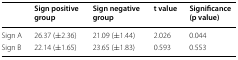
|  | Sign positive group | Sign negative group | t value | Significance (p value) |
 | --- | --- | --- | --- | --- |
 | Sign A | 26.37 (±2.36) | 21.09 (±1.44) | 2.026 | 0.044 |
 | Sign B | 22.14 (±1.65) | 23.65 (±1.83) | 0.593 | 0.553 |